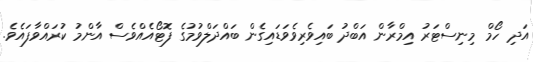
އަދި ހޯމް މިނިސްޓަރު އިމްރާން އަބްދު ބައިވެރިވެވަޑައިގެން ބައްދަލްވުމުގެ ފޮޓޯއެއްވެސް އާންމު ކުރައްވާފައެވެ.